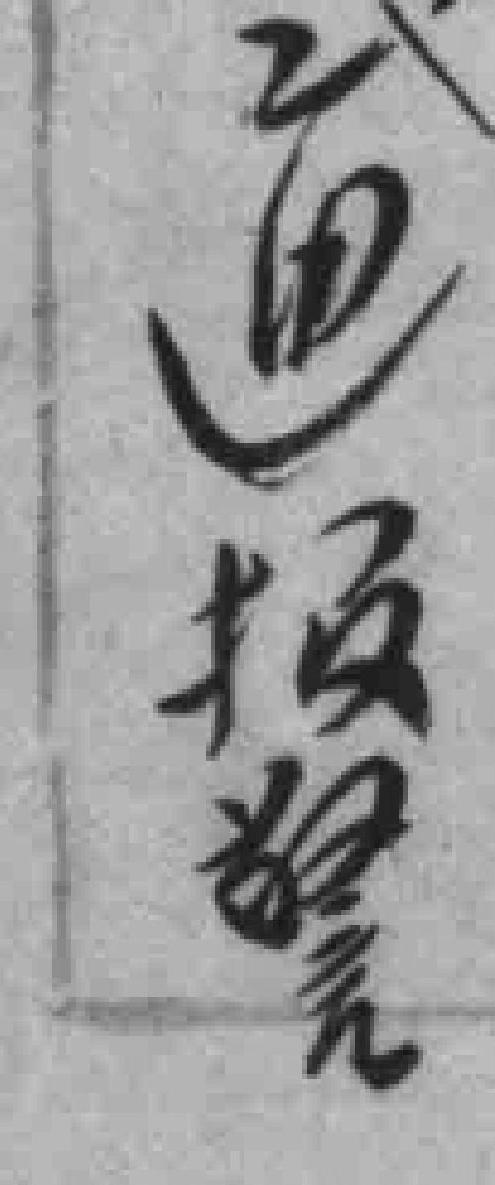
通报警